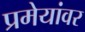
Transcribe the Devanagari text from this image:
प्रमेयांवर